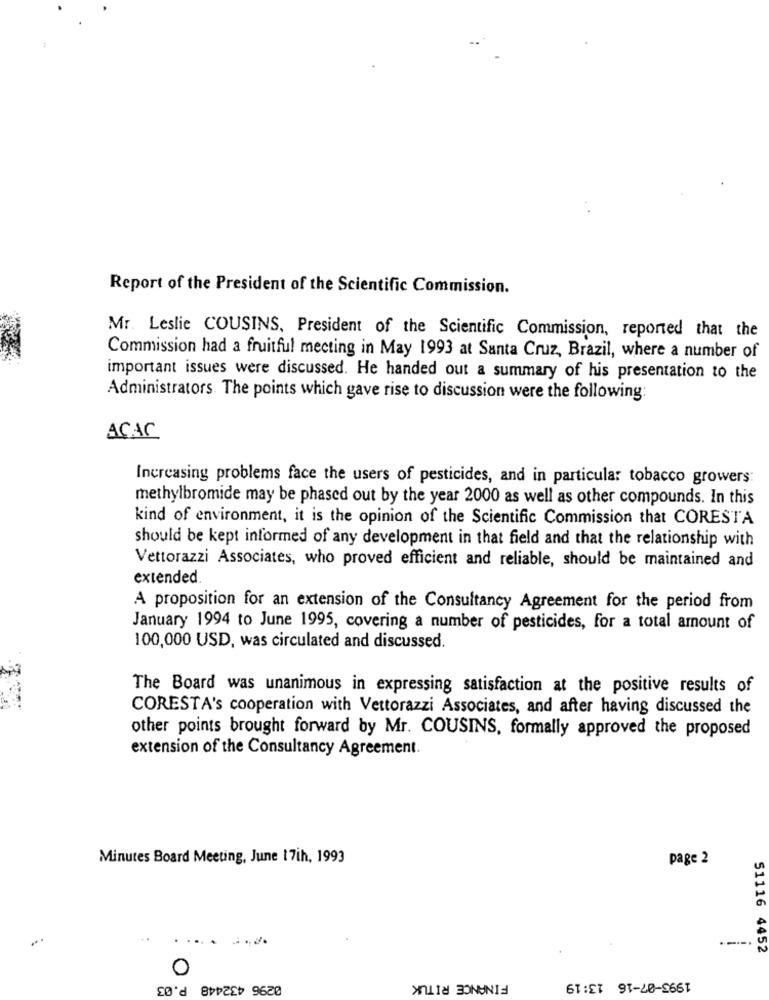
Report of the President of the Scientific Commission.
Mr. Leslie COUSINS, President of the Scientific Commission, reported that the
Commission had a fruitful meeting in May 1993 at Santa Cruz, Brazil, where a number of
important issues were discussed. He handed out a summary of his presentation to the
Administrators. The points which gave rise to discussion were the following:
ACAC
Increasing problems face the users of pesticides, and in particular tobacco growers
methylbromide may be phased out by the year 2000 as well as other compounds. In this
kind of environment, it is the opinion of the Scientific Commission that CORESTA
should be kept informed of any development in that field and that the relationship with
Vettorazzi Associates, who proved efficient and reliable, should be maintained and
extended.
A proposition for an extension of the Consultancy Agreement for the period from
January 1994 to June 1995, covering a number of pesticides, for a total amount of
100,000 USD, was circulated and discussed.
The Board was unanimous in expressing satisfaction at the positive results of
CORESTA's cooperation with Vettorazzi Associates, and after having discussed the
other points brought forward by Mr. COUSINS, formally approved the proposed
extension of the Consultancy Agreement.
Minutes Board Meeting, June 17ih, 1993
page 2
----.
51116 4452
0
0296 432448 P.03
FINANCE RITUK
1993-07-16 13:19